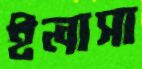
ইলাসা